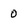
Character: 0